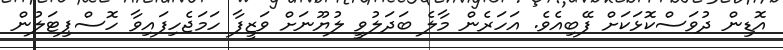
އޮޑިން ދުވަސްކޮޅަކަށް ފޭބިއެވެ. އަހަރެން މާލެ ބަދަލުވީ ލުޔޫނަށް ވަޒީފާ ހަމަޖެހިފައިވާ ހޮސްޕިޓަލުން